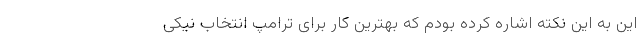
این به این نکته اشاره کرده بودم که بهترین کار برای ترامپ انتخاب نیکی